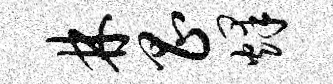
林昌烽